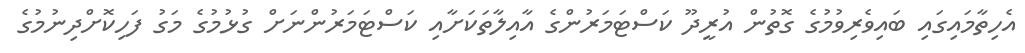
އެހިތާމައިގައި ބައިވެރިވުމުގެ ގޮތުން އުރީދޫ ކަސްޓަމަރުންގެ އާއިލާތަކަށާއި ކަސްޓަމަރުންނަށް ގުޅުމުގެ މަގު ފަހިކޮށްދިނުމުގެ